Report on vaccination North-West Frontier Province 1904-1922 - 1904-1922
Year: 1904
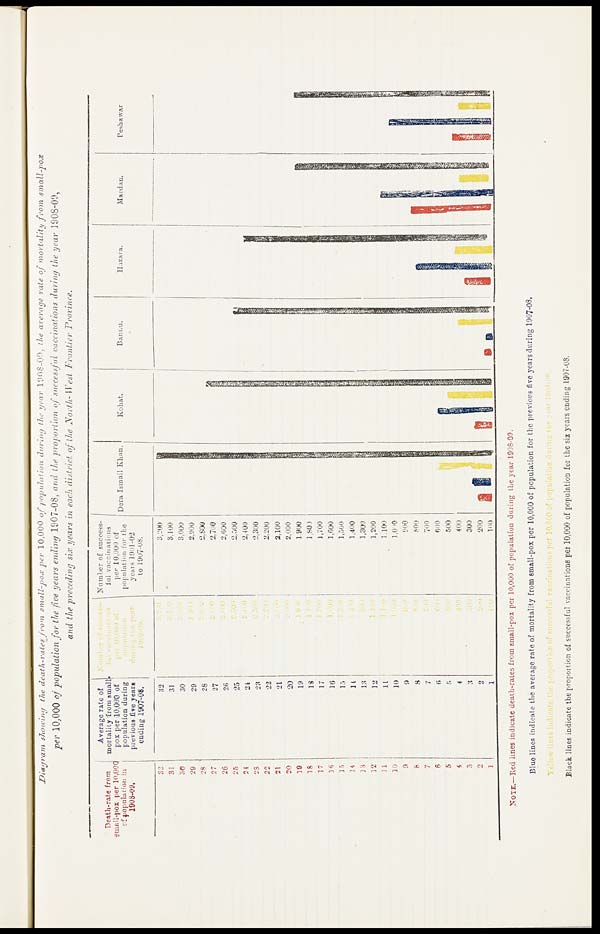
Diagram showing the death-rates from
small-pox per 10,000 of population during the year 1908-09, the average rate of mortality from
small-pox
per 10,000 of population for the five years ending 1907-08, and the proportion of successful vaccinations during the year 1908-09,
and the preceding six years in each district of the North- West Frontier
Province.